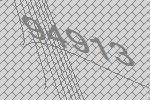
94913